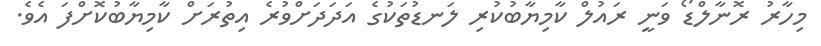
މިހާރު ރޮނާލްޑޯ ވަނީ ރައުލް ކާމިޔާބުކުރި ލަނޑުތަކުގެ އަދަދަށްވުރެ އިތުރަށް ކާމިޔާބުކޮށްފަ އެވެ.